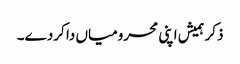
ذکر ہمیش اپنی محرومیاں دا کردے۔